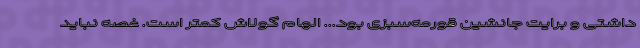
داشتی و برایت جانشین قورمه‌سبزی بود... الهام گولاش کمتر است. غصه نباید